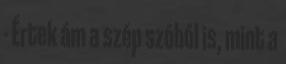
- Értek ám a szép szóból is, mint a